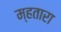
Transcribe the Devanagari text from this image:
म्हतारा